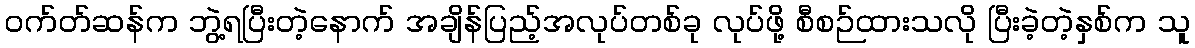
ဝက်တ်ဆန်က ဘွဲ့ရပြီးတဲ့နောက် အချိန်ပြည့်အလုပ်တစ်ခု လုပ်ဖို့ စီစဉ်ထားသလို ပြီးခဲ့တဲ့နှစ်က သူ